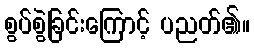
စွပ်စွဲခြင်းကြောင့် ပညတ်၏။